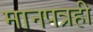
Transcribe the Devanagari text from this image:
मानपत्रही